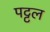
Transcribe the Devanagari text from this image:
पट्टल